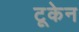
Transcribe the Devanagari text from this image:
टूकेन